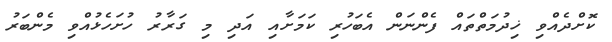
ކޮށްދެއްވި ޚިދުމަތްތައް ފެންނަން އެބަހުރި ކަމަށާއި އަދި މި ގަރާރު ހުށަހެޅުއްވި މެންބަރު